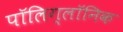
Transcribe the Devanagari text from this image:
पॉलिग्लॉनिक